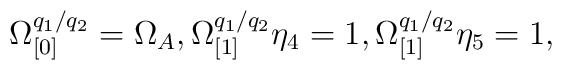
\Omega _{\lbrack 0]}^{q_{1}/q_{2}}=\Omega _{A},\Omega _{\lbrack1]}^{q_{1}/q_{2}}\eta _{4}=1,\Omega _{\lbrack 1]}^{q_{1}/q_{2}}\eta _{5}=1,